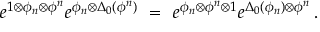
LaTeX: e ^ { 1 \otimes \phi _ { n } \otimes \phi ^ { n } } e ^ { \phi _ { n } \otimes \Delta _ { 0 } ( \phi ^ { n } ) } \ = \ e ^ { \phi _ { n } \otimes \phi ^ { n } \otimes 1 } e ^ { \Delta _ { 0 } ( \phi _ { n } ) \otimes \phi ^ { n } } \, .